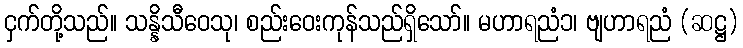
ငှက်တို့သည်။ သန္နိသီဝေသု၊ စည်းဝေးကုန်သည်ရှိသော်။ မဟာရညံ၁၊ ဗျဟာရညံ (ဆဋ္ဌ)